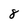
Character: 8